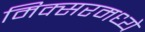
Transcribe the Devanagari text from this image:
मिक्‍सरमध्ये